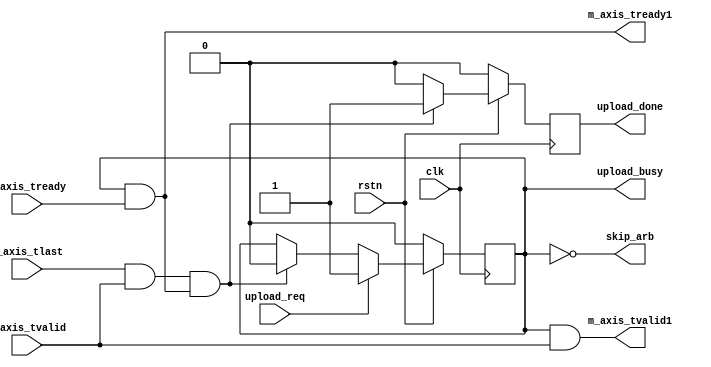
// verilog_format: off
`resetall
`timescale 1ns / 1ps
`default_nettype none
// verilog_format: on

module sc_hdlc_axis_packer (
    input wire clk,
    input wire rstn, //

    input  wire upload_req,   //
    output reg  upload_busy,  //
    output reg  upload_done,  //
    output wire skip_arb,

    input  wire m_axis_tvalid,
    input  wire m_axis_tready,
    output wire m_axis_tvalid1,
    output wire m_axis_tready1,
    input  wire m_axis_tlast
);

    always @(posedge clk) begin
        if (!rstn) begin
            upload_busy <= 1'b0;
        end else begin
            if (upload_req) begin
                upload_busy <= 1'b1;
            end else if (m_axis_tlast & m_axis_tvalid & m_axis_tready1) begin
                upload_busy <= 1'b0;
            end
        end
    end

    always @(posedge clk) begin
        if (!rstn) begin
            upload_done <= 1'b0;
        end else begin
            if (m_axis_tlast & m_axis_tvalid & m_axis_tready1) begin
                upload_done <= 1'b1;
            end else begin
                upload_done <= 1'b0;
            end
        end
    end

    assign skip_arb       = ~upload_busy;
    assign m_axis_tready1 = upload_busy & m_axis_tready;
    assign m_axis_tvalid1 = upload_busy & m_axis_tvalid;
endmodule

// verilog_format: off
`resetall
// verilog_format: on